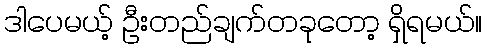
ဒါပေမယ့် ဦးတည်ချက်တခုတော့ ရှိရမယ်။